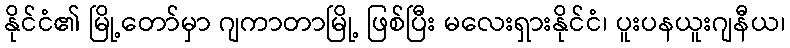
နိုင်ငံ၏ မြို့တော်မှာ ဂျကာတာမြို့ ဖြစ်ပြီး မလေးရှားနိုင်ငံ၊ ပူးပနယူးဂျနီယ၊